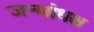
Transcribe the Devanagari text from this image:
जन्मांधश्च